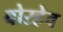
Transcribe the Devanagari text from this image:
बोरहेव